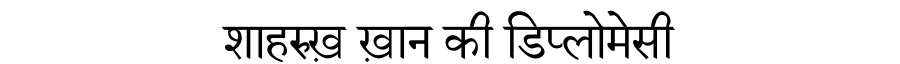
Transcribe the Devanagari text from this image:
शाहरुख़ ख़ान की डिप्लोमेसी